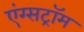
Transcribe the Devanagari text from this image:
एंग्सट्रॉम